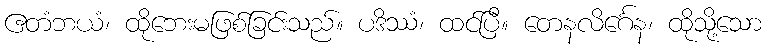
ဧတံဘယံ၊ ထိုဘေးမဖြစ်ခြင်းသည်။ ပဒိဿံ၊ ထင်ပြီ။ တေနလိင်္ဂေန၊ ထိုသို့သော